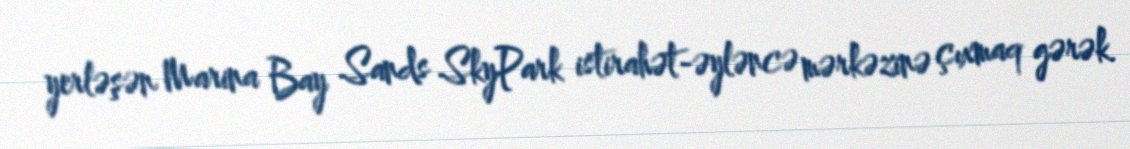
yerləşən Marina Bay Sands SkyPark istirahət-əyləncə mərkəzinə çıxmaq gərək.